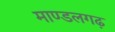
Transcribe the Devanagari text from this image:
माण्डलगढ़